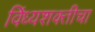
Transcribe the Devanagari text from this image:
विंध्यशक्तीचा